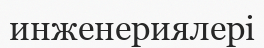
инженериялері